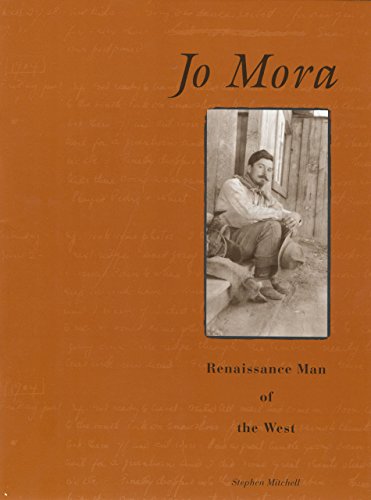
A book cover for Jo Mora: Renaissance Man Of The West; Steve Mitchell; Biographies & Memoirs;